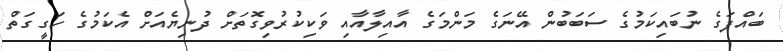
ބައްޕަގެ ނުބައިކަމުގެ ސަބަބުން އޭނަގެ މަންމަގެ އާއިލާއާއި ވަކިކުރުވިގޮތަށް ދުނިޔެއަށް އެކަމުގެ ހަގީގަތް